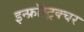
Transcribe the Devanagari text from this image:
इन्फ्रॉस्ट्रक्चर